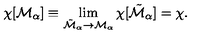
\chi [ { \cal M } _ { \alpha } ] \equiv \lim _ { { \tilde { \cal M } } _ { \alpha } \rightarrow { \cal M } _ { \alpha } } \chi [ { \tilde { \cal M } } _ { \alpha } ] = \chi .